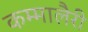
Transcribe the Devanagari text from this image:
कम्मालैरी